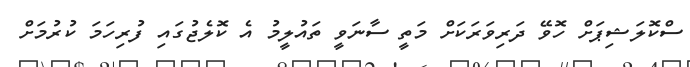
ސްކޮލަޝިޕަށް ހޮވޭ ދަރިވަރަކަށް މަތީ ސާނަވީ ތައުލީމު އެ ކޮލެޖުގައި ފުރިހަމަ ކުރުމަށް